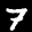
Label: 7